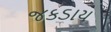
જકડાય